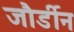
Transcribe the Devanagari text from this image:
जौर्डीन